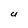
Character: U